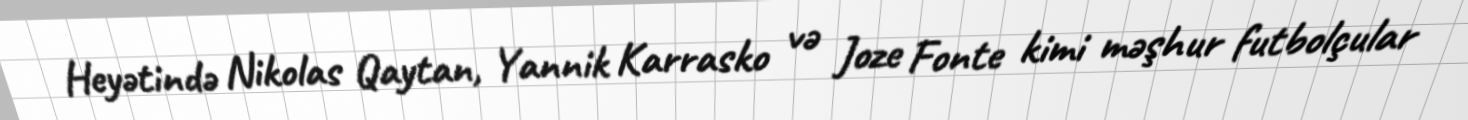
Heyətində Nikolas Qaytan, Yannik Karrasko və Joze Fonte kimi məşhur futbolçular